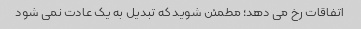
اتفاقات رخ می دهد؛ مطمئن شوید که تبدیل به یک عادت نمی شود